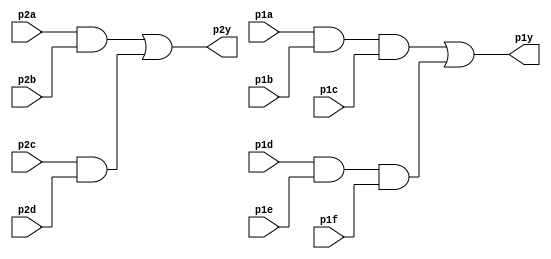
module top_module ( 
    input p1a, p1b, p1c, p1d, p1e, p1f,
    output p1y,
    input p2a, p2b, p2c, p2d,
    output p2y );

    assign p1y = (p1a&p1b&p1c) | (p1d&p1e&p1f);
    assign p2y = (p2a&p2b) | (p2c&p2d);

endmodule